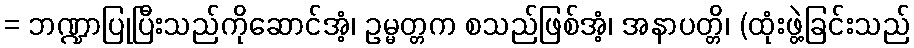
= ဘဏ္ဍာပြုပြီးသည်ကိုဆောင်အံ့၊ ဥမ္မတ္တက စသည်ဖြစ်အံ့၊ အနာပတ္တိ၊ (ထုံးဖွဲ့ခြင်းသည်